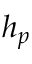
h _ { p }